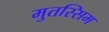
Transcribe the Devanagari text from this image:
मुतस्सिम